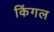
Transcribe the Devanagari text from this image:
किंगल